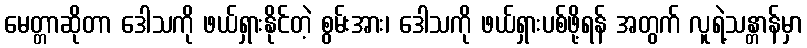
မေတ္တာဆိုတာ ဒေါသကို ဖယ်ရှားနိုင်တဲ့ စွမ်းအား၊ ဒေါသကို ဖယ်ရှားပစ်ဖို့ရန် အတွက် လူရဲ့သန္တာန်မှာ